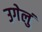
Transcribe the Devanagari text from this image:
उगेलुं